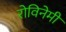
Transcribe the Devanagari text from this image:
रोविनेमी